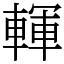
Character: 䡣